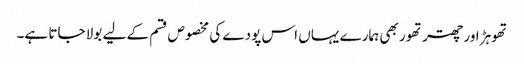
تھوہڑ اور چھتر تھور بھی ہمارے یہاں اس پودے کی مخصوص قسم کے لیے بولا جاتا ہے۔